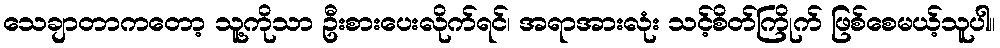
သေချာတာကတော့ သူ့ကိုသာ ဦးစားပေးလိုက်ရင်၊ အရာအားလုံး သင့်စိတ်ကြိုက် ဖြစ်စေမယ့်သူပါ။